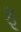
ફૂ